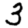
Digit: 3